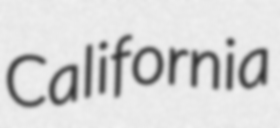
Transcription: California